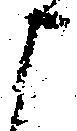
申